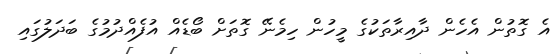
އެ ގޮތުން އެހެން ދާއިރާތަކުގެ މީހުން ހިމެނޭ ގޮތަށް ބޯޑެއް އުފެއްދުމުގެ ބަދަލުގައި